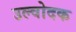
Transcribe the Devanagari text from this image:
उल्वोदक